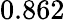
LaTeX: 0.862